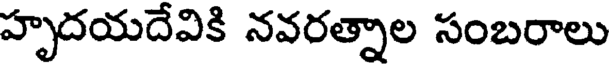
హృదయదేవికి నవరత్నాల సంబరాలు